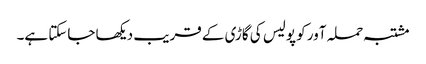
مشتبہ حملہ آور کو پولیس کی گاڑی کے قریب دیکھا جاسکتا ہے۔